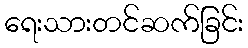
ရေးသားတင်ဆက်ခြင်း